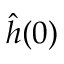
\hat { h } ( 0 )